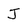
Character: J